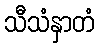
သီသံနှာတံ